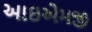
આઇએમજી